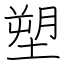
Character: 塑